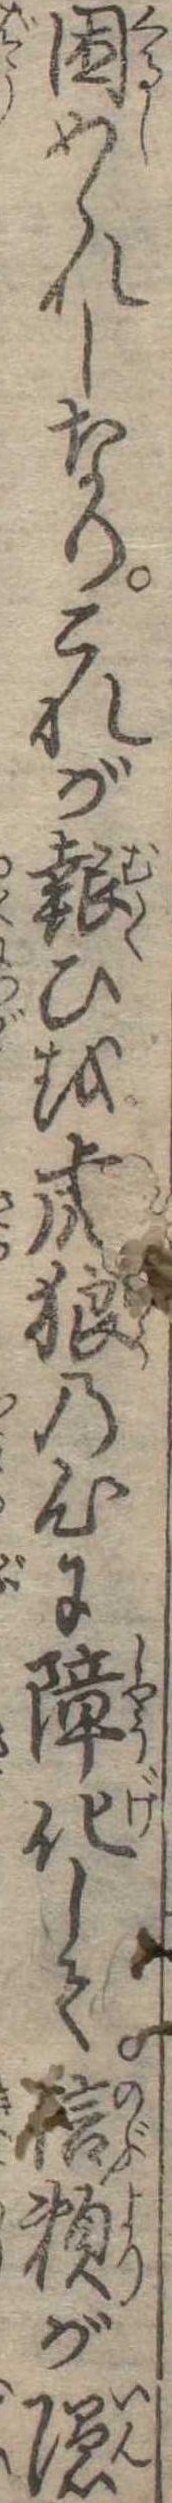
困められしなりこれが報ひを虎狼の心に障化して信頼が隠